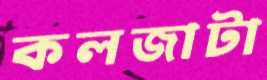
কলজাটা